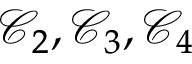
\mathcal { C } _ { 2 } , \mathcal { C } _ { 3 } , \mathcal { C } _ { 4 }